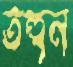
তহুন